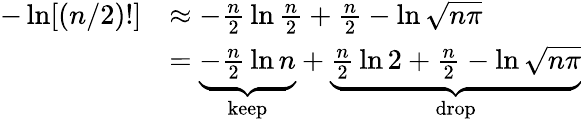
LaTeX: {\begin{array}{rl}{-\ln[(n/2)!]}&{\approx-{\frac{n}{2}}\ln{\frac{n}{2}}+{\frac{n}{2}}-\ln{\sqrt{n\pi}}}\\ &{=\underbrace{-{\frac{n}{2}}\ln n}_{\mathrm{keep}}+\underbrace{{\frac{n}{2}}\ln 2+{\frac{n}{2}}-\ln{\sqrt{n\pi}}}_{\mathrm{drop}}}\end{array}}